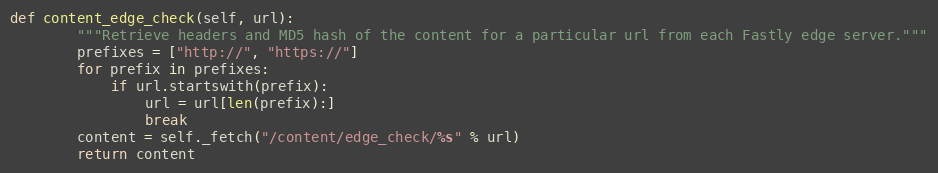
Language: Python
def content_edge_check(self, url):
		"""Retrieve headers and MD5 hash of the content for a particular url from each Fastly edge server."""
		prefixes = ["http://", "https://"]
		for prefix in prefixes:
			if url.startswith(prefix):
				url = url[len(prefix):]
				break
		content = self._fetch("/content/edge_check/%s" % url)
		return content